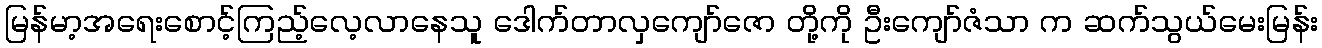
မြန်မာ့အရေးစောင့်ကြည့်လေ့လာနေသူ ဒေါက်တာလှကျော်ဇော တို့ကို ဦးကျော်ဇံသာ က ဆက်သွယ်မေးမြန်း